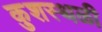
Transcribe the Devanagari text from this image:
कुशस्थळी